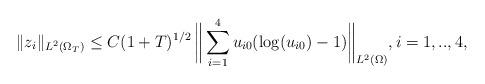
LaTeX: \begin{align*}\|z_i\|_{L^{2}(\Omega_T)} \le C(1+T)^{1/2} \, \bigg\|\sum_{i=1}^4 u_{i0}(\log(u_{i0})-1)\bigg\|_{L^2(\Omega)},i=1,..,4,\end{align*}